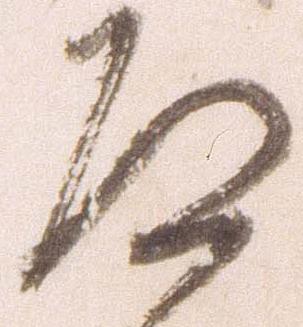
道